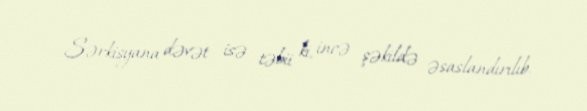
Sərkisyana dəvət isə təbii ki, incə şəkildə əsaslandırılıb.